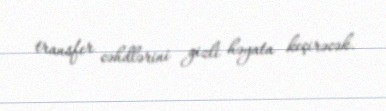
transfer cəhdlərini gizli həyata keçirəcək.